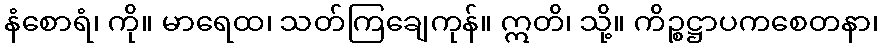
နံစောရံ၊ ကို။ မာရေထ၊ သတ်ကြချေကုန်။ ဣတိ၊ သို့။ ကိဉ္စဋ္ဌာပကစေတနာ၊